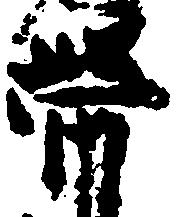
帯